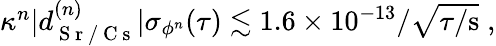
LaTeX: \begin{array}{r}{\kappa^{n}|d_{\mathrm{~S~r~/~C~s~}}^{(n)}|\sigma_{\phi^{n}}(\tau)\lesssim 1.6\times 10^{-13}/\sqrt{\tau/\mathrm{s}}\; ,}\end{array}